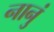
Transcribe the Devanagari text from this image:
नानुं